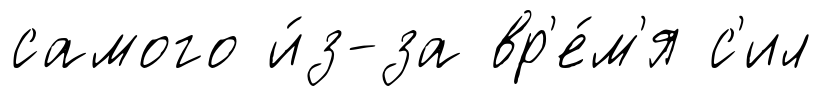
самого и́з-за вр'е́м'я с'ил